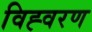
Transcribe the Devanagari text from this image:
विह्वरण